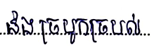
និងច្របូកច្របល់